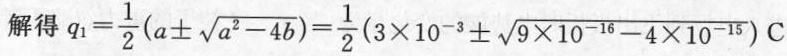
解得：$$q _ { 1 } = \frac { 1 } { 2 } ( a \pm \sqrt { a ^ { 2 } - 4 b } ) = \frac { 1 } { 2 } ( 3 \times 1 0 ^ { - 3 } \pm \sqrt { 9 \times 1 0 ^ { - 1 6 } - 4 \times 1 0 ^ { - 1 5 } } ) C$$